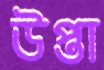
উপ্তা